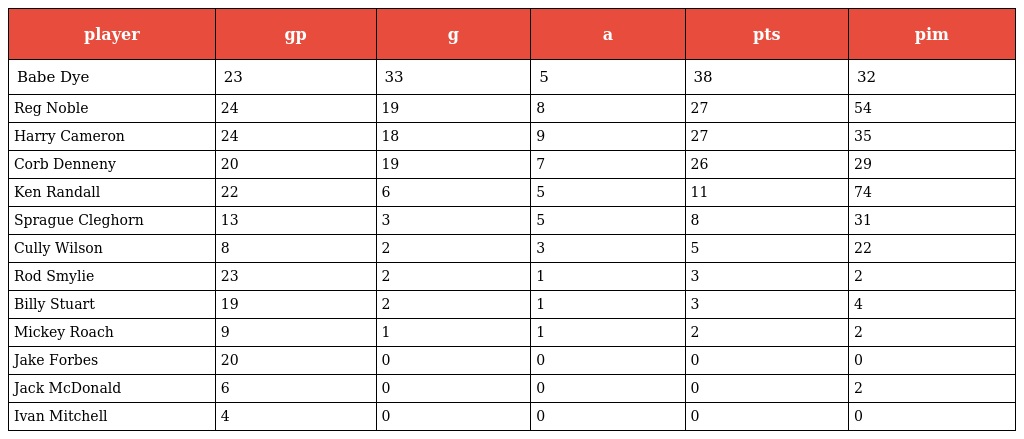
| player | gp | g | a | pts | pim |
 | --- | --- | --- | --- | --- | --- |
 | Babe Dye | 23 | 33 | 5 | 38 | 32 |
 | Reg Noble | 24 | 19 | 8 | 27 | 54 |
 | Harry Cameron | 24 | 18 | 9 | 27 | 35 |
 | Corb Denneny | 20 | 19 | 7 | 26 | 29 |
 | Ken Randall | 22 | 6 | 5 | 11 | 74 |
 | Sprague Cleghorn | 13 | 3 | 5 | 8 | 31 |
 | Cully Wilson | 8 | 2 | 3 | 5 | 22 |
 | Rod Smylie | 23 | 2 | 1 | 3 | 2 |
 | Billy Stuart | 19 | 2 | 1 | 3 | 4 |
 | Mickey Roach | 9 | 1 | 1 | 2 | 2 |
 | Jake Forbes | 20 | 0 | 0 | 0 | 0 |
 | Jack McDonald | 6 | 0 | 0 | 0 | 2 |
 | Ivan Mitchell | 4 | 0 | 0 | 0 | 0 |